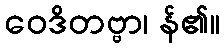
ဝေဒိတဗ္ဗာ၊ န်၏။